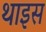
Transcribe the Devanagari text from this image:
थाइस